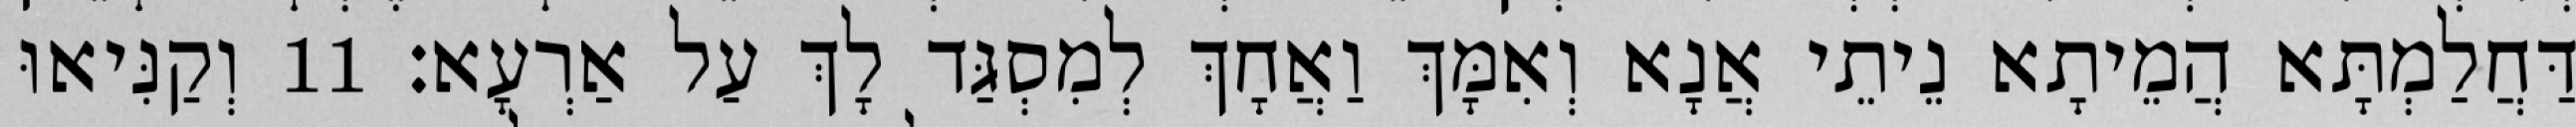
דַּחֲלַמְתָּא הֲמֵיתָא נֵיתֵי אֲנָא וְאִמָּךְ וַאֲחָךְ לְמִסְגַּד לָךְ עַל אַרְעָא׃ 11 וְקַנִּיאוּ